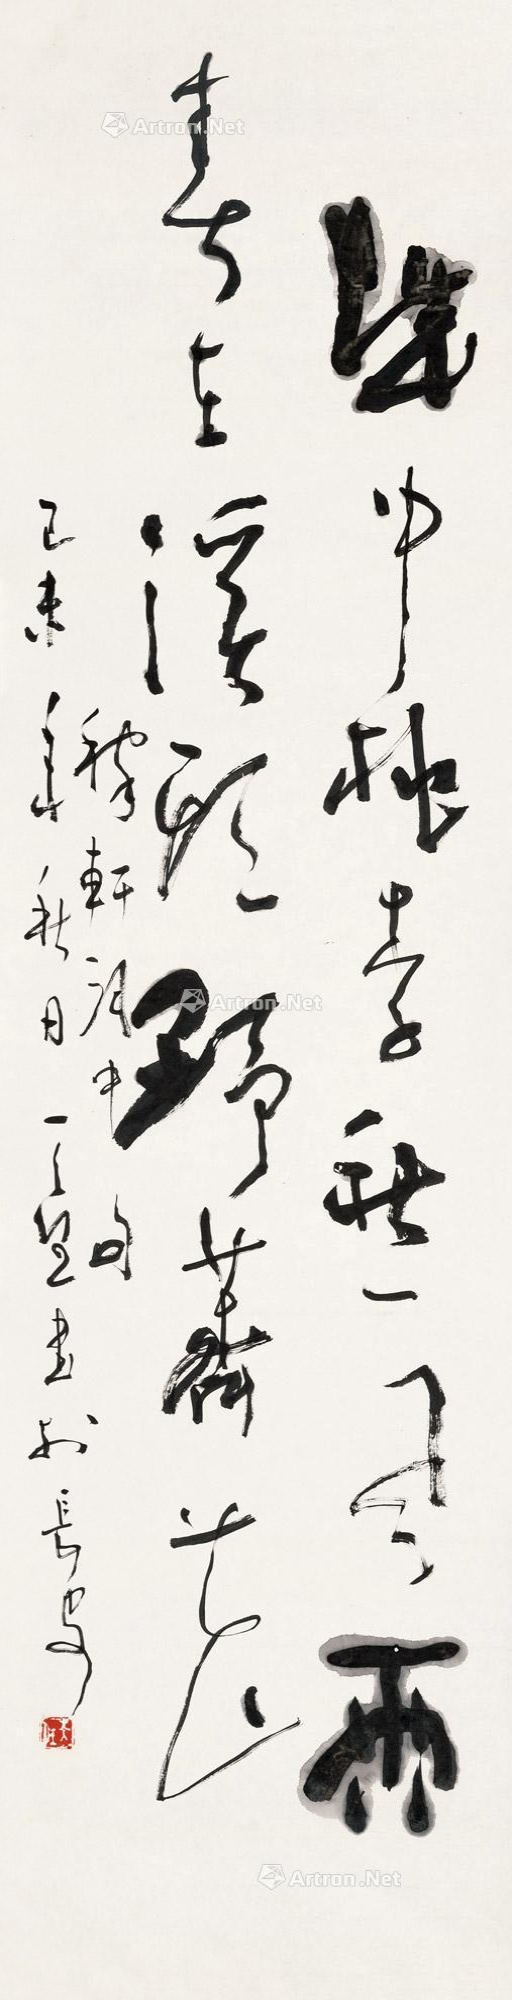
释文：城中桃李愁风雨，春在溪头野荠花。稼轩词中句。己未年秋月，天任书于长安。